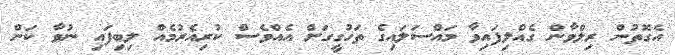
އެގޮތުން ރިލްވާން ގެއްލިފައިވާ މައްސަލައިގެ ތަހުގީގަށް އެއްވެސް ކުރިއެރުމެއް ލިބިފައި ނުވާ ކަން